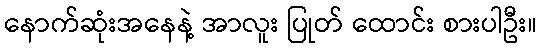
နောက်ဆုံးအနေနဲ့ အာလူး ပြုတ် ထောင်း စားပါဦး။